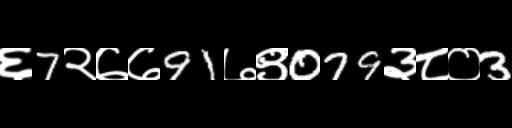
Text: ६7२७७91७९079३८०3